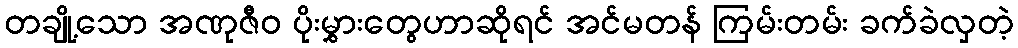
တချို့သော အဏုဇီဝ ပိုးမွှားတွေဟာဆိုရင် အင်မတန် ကြမ်းတမ်း ခက်ခဲလှတဲ့